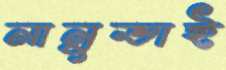
নানুভাই